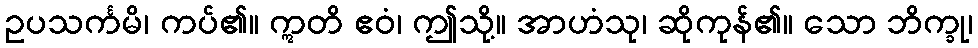
ဥပသင်္ကမိ၊ ကပ်၏။ ဣတိ ဧဝံ၊ ဤသို့။ အာဟံသု၊ ဆိုကုန်၏။ သော ဘိက္ခု၊